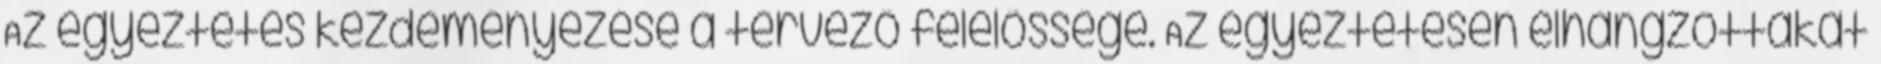
Az egyeztetés kezdeményezése a tervezõ felelõssége. Az egyeztetésen elhangzottakat